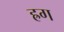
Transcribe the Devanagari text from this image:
ह्रग